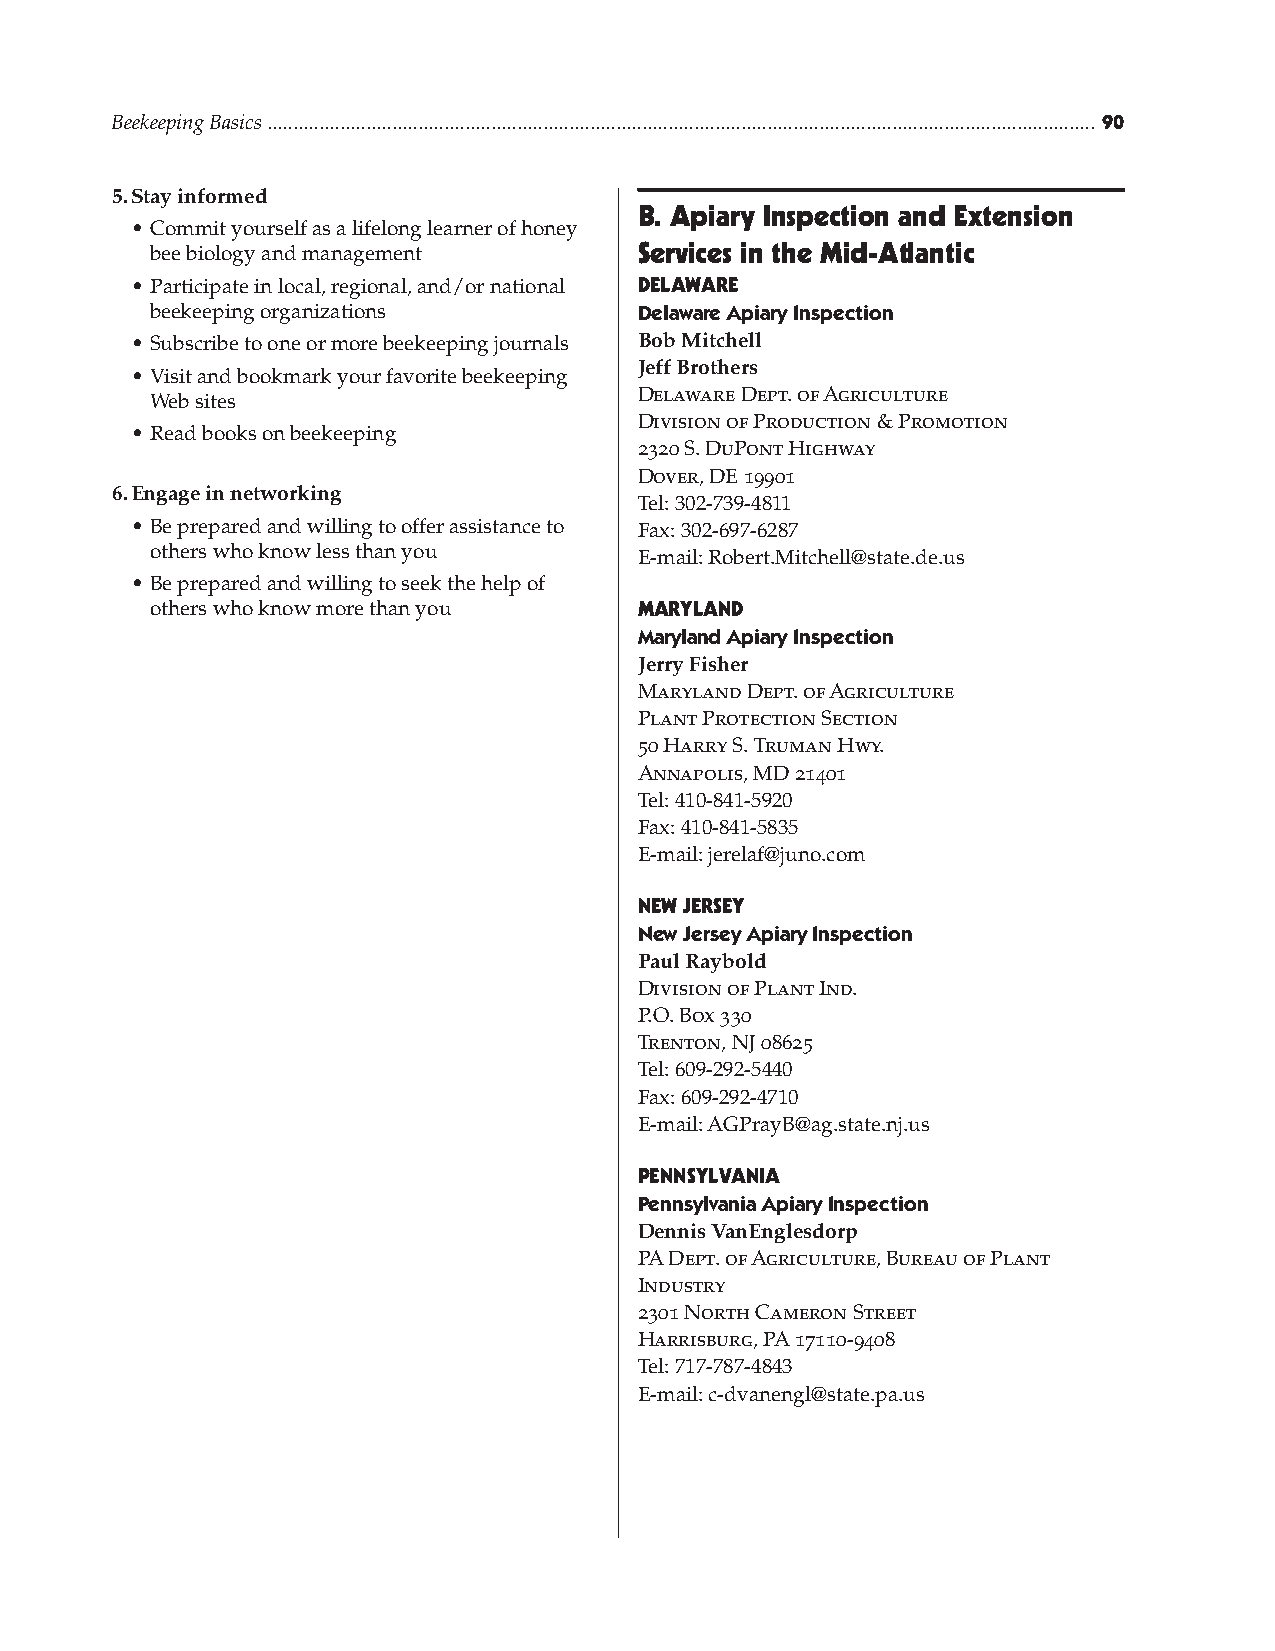
Beekeeping Basics ............................................................................................................................................................... 0
 5. Stay informed
 B. apiary inspection and Extension
 • Commit yourself as a lifelong learner of honey
 bee biology and management      services in the mid-atlantic
 • Participate in local, regional, and/or national DELaWarE
 beekeeping organizations        Delaware Apiary Inspection
 • Subscribe to one or more beekeeping journals Bob Mitchell
 Jeff Brothers
 • Visit and bookmark your favorite beekeeping
 Delaware Dept. of Agriculture
 Web sites
 Division of Production & Promotion
 • Read books on beekeeping
 2320 S. DuPont Highway
 Dover, DE 19901
 6. Engage in networking
 Tel: 302-739-4811
 • Be prepared and willing to offer assistance to Fax: 302-697-6287
 others who know less than you
 E-mail: Robert.Mitchell@state.de.us
 • Be prepared and willing to seek the help of
 others who know more than you   maryLanD
 Maryland Apiary Inspection
 Jerry Fisher
 Maryland Dept. of Agriculture
 Plant Protection Section
 50 Harry S. Truman Hwy.
 Annapolis, MD 21401
 Tel: 410-841-5920
 Fax: 410-841-5835
 E-mail: jerelaf@juno.com
 nEW JErsEy
 new Jersey Apiary Inspection
 Paul Raybold
 Division of Plant Ind.
 P.O. Box 330
 Trenton, NJ 08625
 Tel: 609-292-5440
 Fax: 609-292-4710
 E-mail: AGPrayB@ag.state.nj.us
 PEnnsyLvania
 Pennsylvania Apiary Inspection
 Dennis VanEnglesdorp
 PA Dept. of Agriculture, Bureau of Plant
 Industry
 2301 North Cameron Street
 Harrisburg, PA 17110-9408
 Tel: 717-787-4843
 E-mail: c-dvanengl@state.pa.us